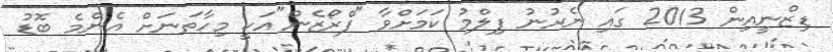
ޑިޒްނީއިން 2013 ގައި ނެރުނު ފިލްމު ކަމަށްވާ "ފްރޯޒެން"އަކީ މިހާތަނަށް އެންމެ ބޮޑު